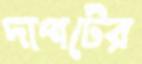
দাপটের